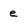
Character: e